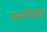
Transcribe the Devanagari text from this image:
पारपरिच्छेदन